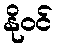
နိုဝင်